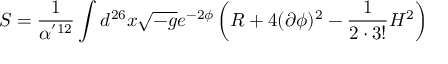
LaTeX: S = \frac { 1 } { \alpha ^ { ' 1 2 } } \int d ^ { 2 6 } x \sqrt { - g } e ^ { - 2 \phi } \left( R + 4 ( \partial \phi ) ^ { 2 } - \frac { 1 } { 2 \cdot 3 ! } H ^ { 2 } \right)